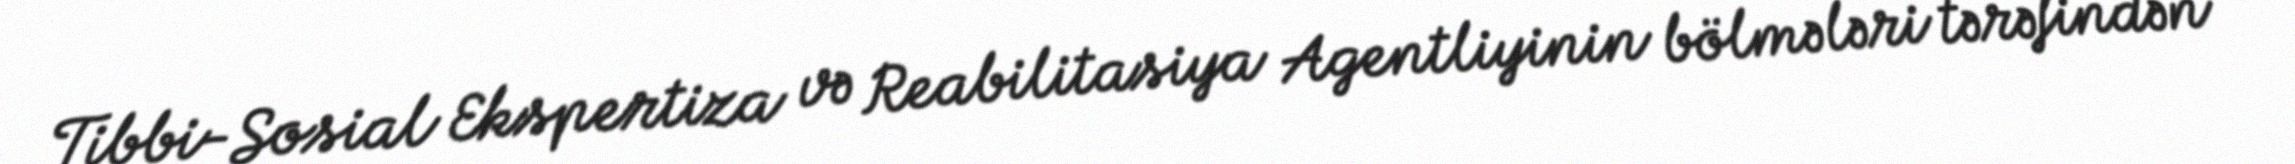
Tibbi-Sosial Ekspertiza və Reabilitasiya Agentliyinin bölmələri tərəfindən